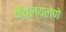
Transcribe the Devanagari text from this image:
कैवल्यलेणे